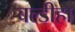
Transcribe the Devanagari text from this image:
बल्डीहा